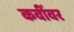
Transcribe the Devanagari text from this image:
कवींवर